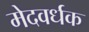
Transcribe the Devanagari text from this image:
मेदवर्धक